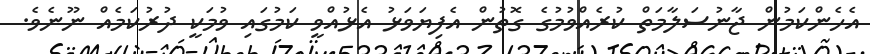
އެހެންކަމުން ޖާނުސަލާމަތް ކުރެއްވުމުގެ ގޮތުން އެފިޔަވަޅު އެޅުއްވީ ކަމުގައި ވުމަކީ ދުރުކަމެއް ނޫނެވެ.